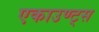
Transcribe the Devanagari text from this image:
एकाउण्ट्स